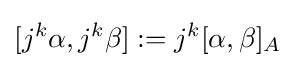
[j^{k}\alpha ,j^{k}\beta ]:=j^{k}[\alpha ,\beta ]_{A}